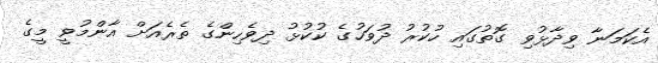
އެކަމަނާ ވިދާޅުވި ގޮތުގައި ހުކުރު ދުވަހުގެ ކުކުޅު ދިވެހިންގެ ތެރެއަށް އާންމުވީ މީގެ